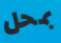
بمحل